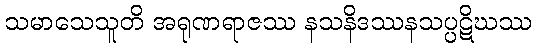
သမာသေသူတိ အရုဏရာဇဿ နသနိဒဿနသပ္ပဋိဃဿ